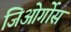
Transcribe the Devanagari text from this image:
जिओर्गोस